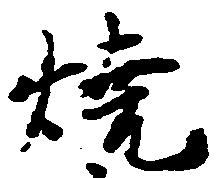
焼